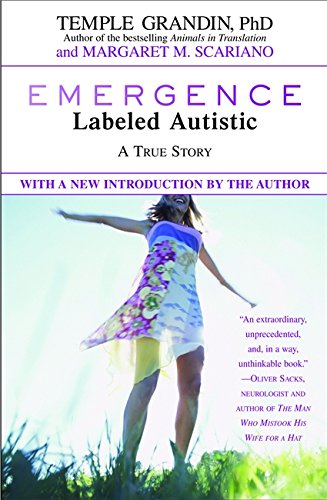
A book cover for Emergence: Labeled Autistic; Temple Grandin; Parenting & Relationships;